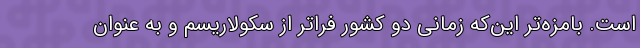
است. با‌مزه‌تر این‌که زمانی دو کشور فراتر از سکولاریسم و به عنوان